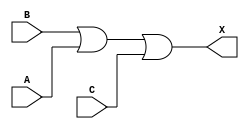
module sky130_fd_sc_hvl__or3_2 (
    X,
    A,
    B,
    C
);
    output X;
    input  A;
    input  B;
    input  C;
    wire or0_out_X;
    or  or0  (or0_out_X, B, A, C        );
    buf buf0 (X        , or0_out_X      );
endmodule